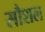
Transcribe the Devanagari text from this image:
सौशल